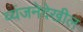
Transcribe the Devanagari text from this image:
व्यंजनेदेखील